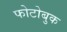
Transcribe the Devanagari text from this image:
फोटोबुक